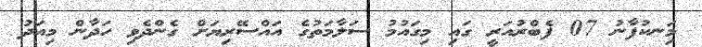
މަިނކުފާނު 07 ފެބްރުއަރީ ގައި މިގައުމު ސަލާމަތުގެ އައްސޭރިޔަށް ގެންދެވި ހަދާން މިއަދު